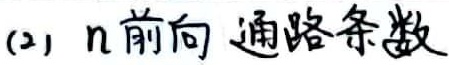
(2) \(n\)前向通路条数